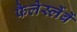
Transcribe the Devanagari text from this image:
फैलेर्स्लेबें